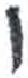
אות: י